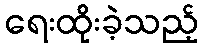
ရေးထိုးခဲ့သည့်